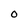
Character: 0